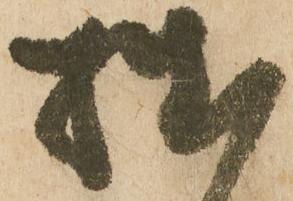
拙